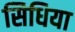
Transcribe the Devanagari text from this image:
सिधिया